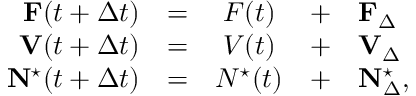
\begin{array} { r c c c l } { \mathbf { F } ( t + \Delta t ) } & { = } & { F ( t ) } & { + } & { \mathbf { F } _ { \Delta } } \\ { \mathbf { V } ( t + \Delta t ) } & { = } & { V ( t ) } & { + } & { \mathbf { V } _ { \Delta } } \\ { \mathbf { N } ^ { \star } ( t + \Delta t ) } & { = } & { N ^ { \star } ( t ) } & { + } & { \mathbf { N } _ { \Delta } ^ { \star } , } \end{array}